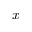
\boldsymbol { x }